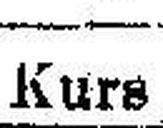
Kurs